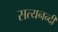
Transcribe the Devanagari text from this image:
सत्यनन्दी